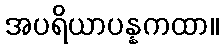
အပရိယာပန္နကထာ။